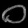
Digit: ၀